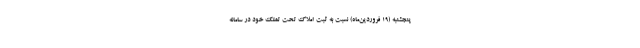
پنجشنبه (۱۹ فروردین‌ماه) نسبت به ثبت املاک تحت تملک خود در سامانه